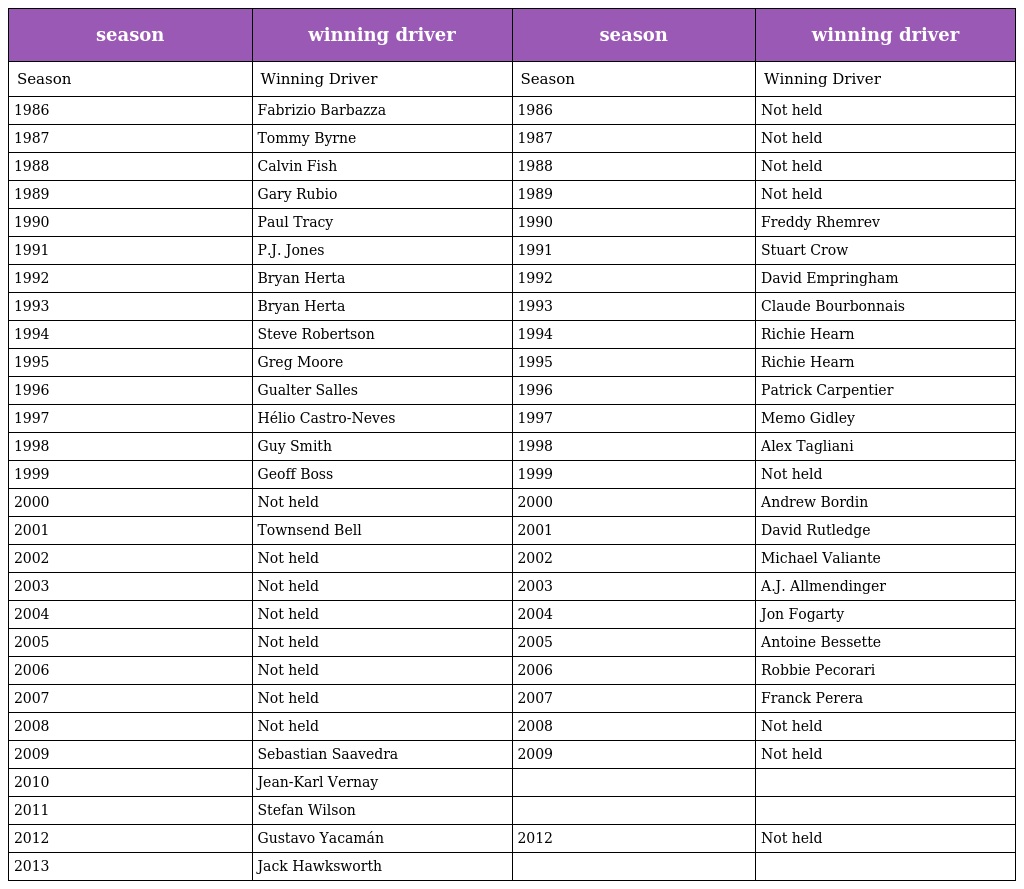
| season | winning driver | season | winning driver |
 | --- | --- | --- | --- |
 | Season | Winning Driver | Season | Winning Driver |
 | 1986 | Fabrizio Barbazza | 1986 | Not held |
 | 1987 | Tommy Byrne | 1987 | Not held |
 | 1988 | Calvin Fish | 1988 | Not held |
 | 1989 | Gary Rubio | 1989 | Not held |
 | 1990 | Paul Tracy | 1990 | Freddy Rhemrev |
 | 1991 | P.J. Jones | 1991 | Stuart Crow |
 | 1992 | Bryan Herta | 1992 | David Empringham |
 | 1993 | Bryan Herta | 1993 | Claude Bourbonnais |
 | 1994 | Steve Robertson | 1994 | Richie Hearn |
 | 1995 | Greg Moore | 1995 | Richie Hearn |
 | 1996 | Gualter Salles | 1996 | Patrick Carpentier |
 | 1997 | Hélio Castro-Neves | 1997 | Memo Gidley |
 | 1998 | Guy Smith | 1998 | Alex Tagliani |
 | 1999 | Geoff Boss | 1999 | Not held |
 | 2000 | Not held | 2000 | Andrew Bordin |
 | 2001 | Townsend Bell | 2001 | David Rutledge |
 | 2002 | Not held | 2002 | Michael Valiante |
 | 2003 | Not held | 2003 | A.J. Allmendinger |
 | 2004 | Not held | 2004 | Jon Fogarty |
 | 2005 | Not held | 2005 | Antoine Bessette |
 | 2006 | Not held | 2006 | Robbie Pecorari |
 | 2007 | Not held | 2007 | Franck Perera |
 | 2008 | Not held | 2008 | Not held |
 | 2009 | Sebastian Saavedra | 2009 | Not held |
 | 2010 | Jean-Karl Vernay |  |  |
 | 2011 | Stefan Wilson |  |  |
 | 2012 | Gustavo Yacamán | 2012 | Not held |
 | 2013 | Jack Hawksworth |  |  |